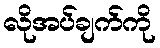
လိုအပ်ချက်ကို